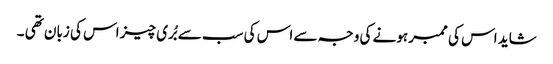
شاید اس کی ممبر ہونے کی وجہ سے اس کی سب سے بُری چیز اس کی زبان تھی ۔